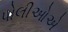
પોલીઓએ